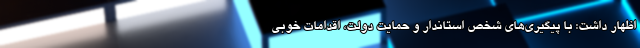
اظهار داشت: با پیگیری‌های شخص استاندار و حمایت دولت، اقدامات خوبی